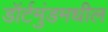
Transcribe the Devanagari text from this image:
डॉर्टमुंडमधील